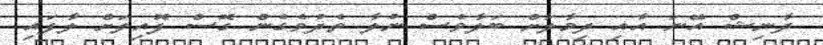
ދާނިޝް އޭނަ އާއި ދިމާލަށް ބަލާވެސް ނުލާ ތެދުވެގެން ގޮސް ފޮއިލަށް ލާފައި